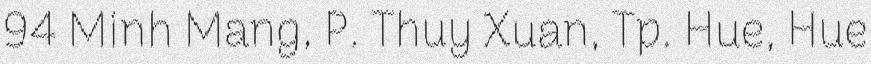
94 Minh Mang, P. Thuy Xuan, Tp. Hue, Hue